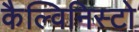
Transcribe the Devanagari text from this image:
कैल्विनिस्टो